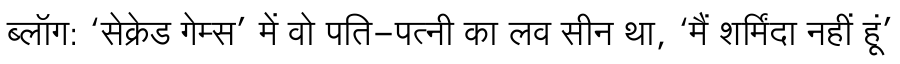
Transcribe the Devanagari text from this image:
ब्लॉग: ‘सेक्रेड गेम्स’ में वो पति-पत्नी का लव सीन था, ‘मैं शर्मिंदा नहीं हूं’